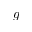
g